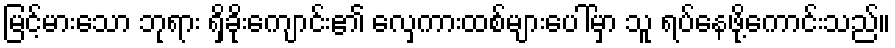
မြင့်မားသော ဘုရား ရှိခိုးကျောင်း၏ လှေကားထစ်များပေါ်မှာ သူ ရပ်နေဖို့ကောင်းသည်။